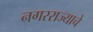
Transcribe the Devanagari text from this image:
नगरराज्याचे